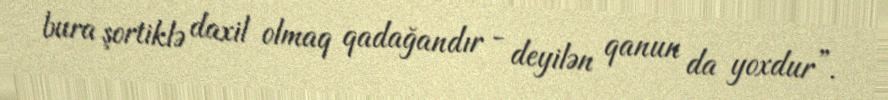
bura şortiklə daxil olmaq qadağandır - deyilən qanun da yoxdur”.